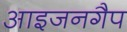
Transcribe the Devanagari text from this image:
आइजनगैप